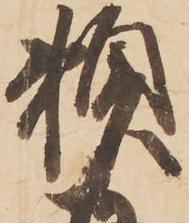
頼